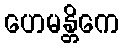
ဟေမန္တိကေ